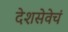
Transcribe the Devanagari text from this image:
देशसेवेचं